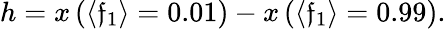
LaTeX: h=x\left(\langle\mathfrak{f}_{1}\rangle=0.01\right)-x\left(\langle\mathfrak{f}_{1}\rangle=0.99\right).